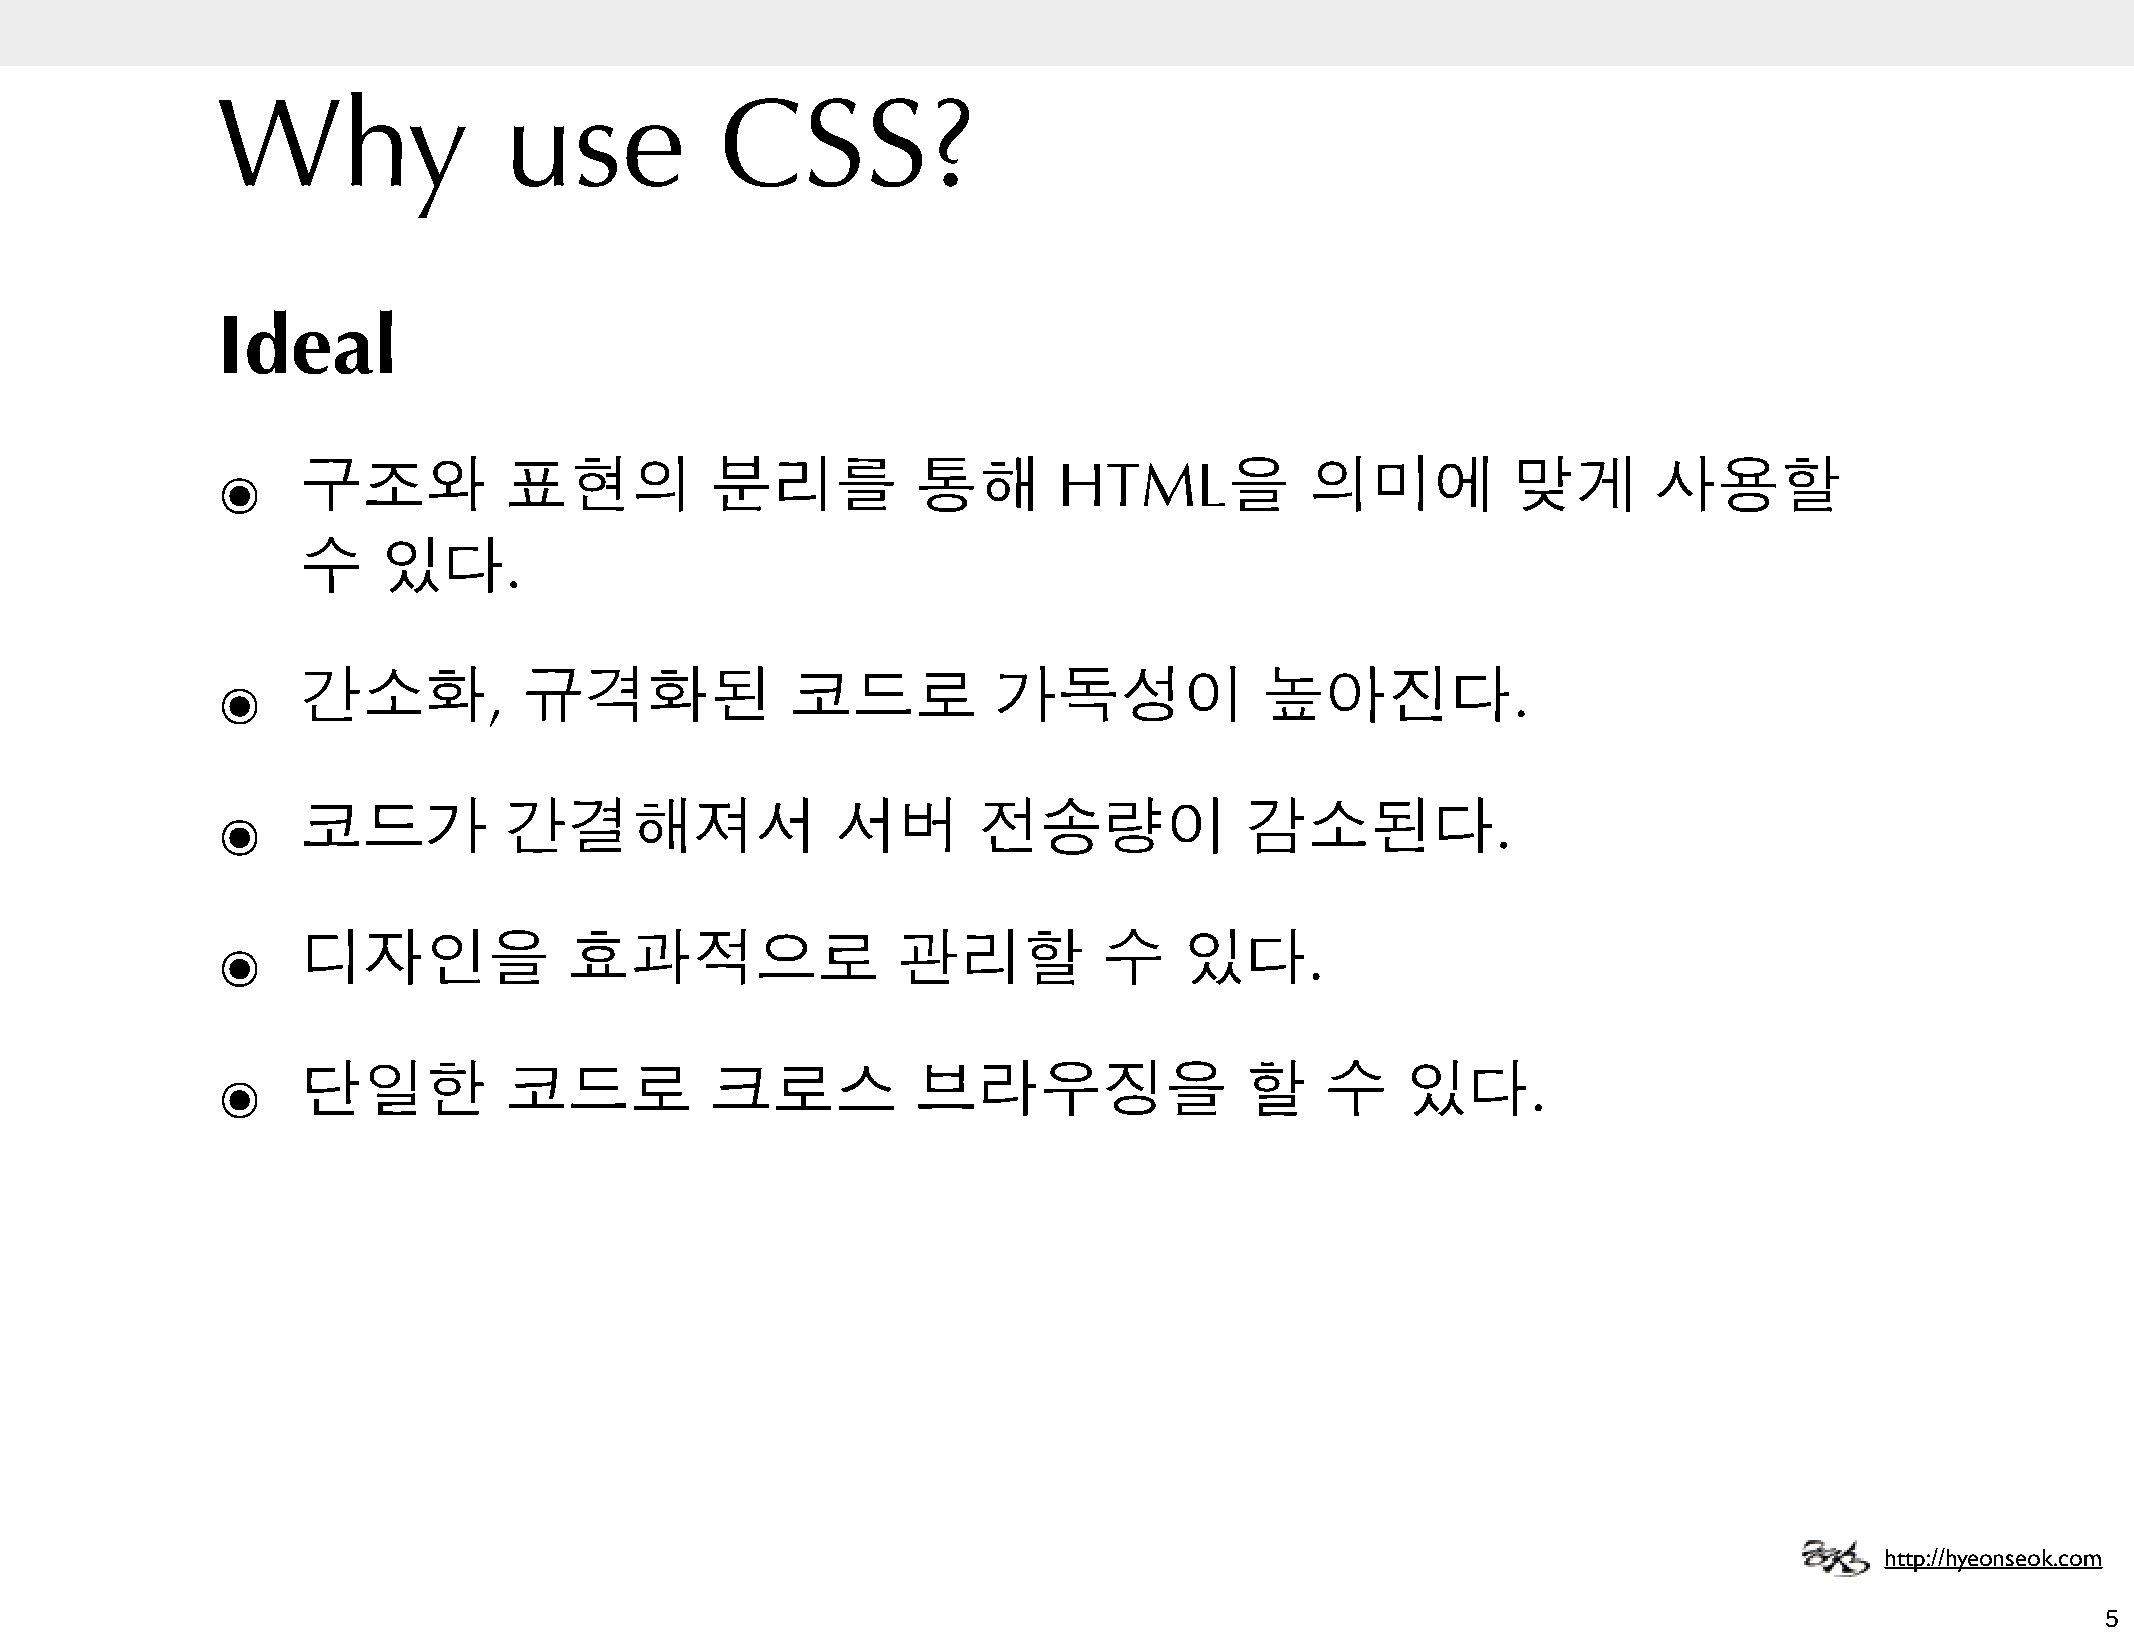
Why                use            CSS?
 Ideal
 ๏     구조와          표현의           분리를           통해       HTML을            의미에          맞게        사용할
 수    있다.
 ๏     간소화,           규격화된             코드로           가독성이              높아진다.
 ๏     코드가          간결해져서                 서버        전송량이             감소된다.
 ๏     디자인을              효과적으로                관리할           수    있다.
 ๏     단일한          코드로           크로스           브라우징을                할     수    있다.
 http://hyeonseok.com
 5